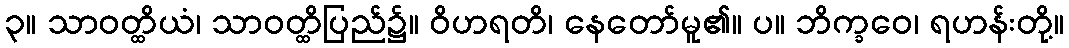
၃။ သာဝတ္ထိယံ၊ သာဝတ္ထိပြည်၌။ ဝိဟရတိ၊ နေတော်မူ၏။ ပ။ ဘိက္ခဝေ၊ ရဟန်းတို့။